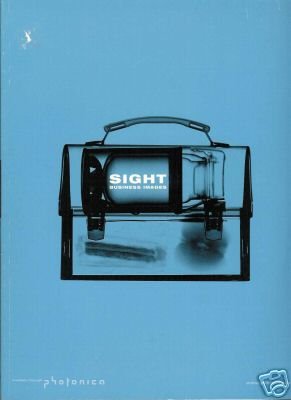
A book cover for Sight Business Images; Not Stated; Business & Money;